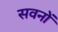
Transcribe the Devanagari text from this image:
सवनों